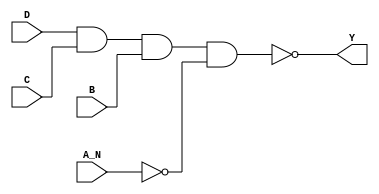
module sky130_fd_sc_hdll__nand4b (
    Y  ,
    A_N,
    B  ,
    C  ,
    D
);

    // Module ports
    output Y  ;
    input  A_N;
    input  B  ;
    input  C  ;
    input  D  ;

    // Local signals
    wire not0_out   ;
    wire nand0_out_Y;

    //   Name   Output       Other arguments
    not  not0  (not0_out   , A_N              );
    nand nand0 (nand0_out_Y, D, C, B, not0_out);
    buf  buf0  (Y          , nand0_out_Y      );

endmodule